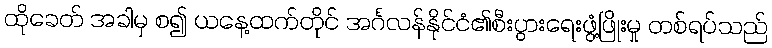
ထိုခေတ် အခါမှ စ၍ ယနေ့ထက်တိုင် အင်္ဂလန်နိုင်ငံ၏စီးပွားရေးဖွံ့ဖြိုးမှု တစ်ရပ်သည်